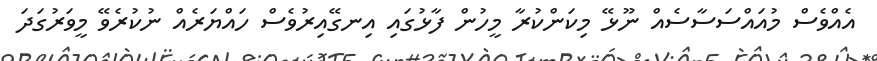
އެއްވެސް މުއައްސަސާސެއް ނޫޅޭ މިކަންކުރާ މީހުން ފާޅުގައި އިނގޭއިރުވެސް ހައްޔަރެއް ނުކުރެވޭ މީވަރުގަދަ